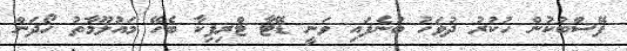
ފޭސްބުކުން ހުކުރު ދުވަހު ބުނެފައި ވަނީ ޑޭޓާ ޓްރިފިކާ ބެހޭ މައުލޫމާތު ހޯދަން